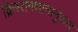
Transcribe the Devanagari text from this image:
क्रिस्तगणानानुसार